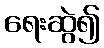
ရေးဆွဲ၍